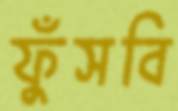
ফুঁসবি